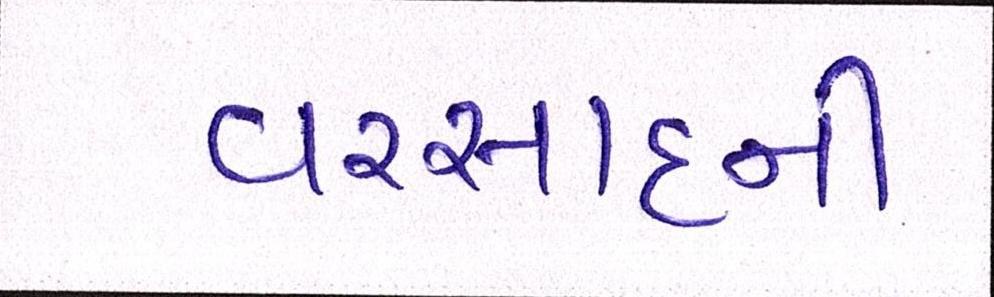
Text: વરસાદની